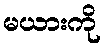
မယားကို